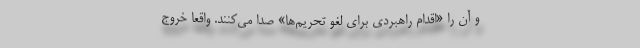
و آن را «اقدام راهبردی برای لغو تحریم‌ها» صدا می‌کنند. واقعا خروج